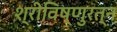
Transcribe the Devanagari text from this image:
श्रीविष्णुरत्न